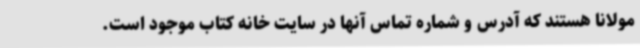
مولانا هستند که آدرس و شماره تماس آنها در سایت خانه کتاب موجود است.